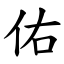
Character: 佑